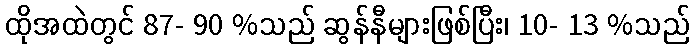
ထိုအထဲတွင် 87- 90 %သည် ဆွန်နီများဖြစ်ပြီး၊ 10- 13 %သည်